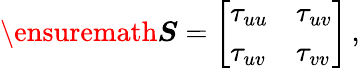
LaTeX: \ensuremath{\boldsymbol{S}}=\left[\begin{array}{ll}{\tau_{uu}}&{\tau_{uv}}\\ {\tau_{uv}}&{\tau_{vv}}\end{array}\right]\, ,